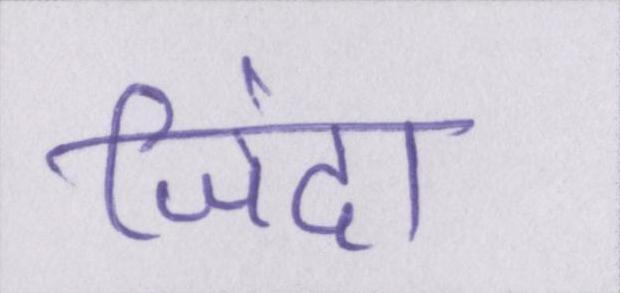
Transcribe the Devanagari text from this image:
जिंदा